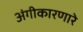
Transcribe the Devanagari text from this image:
अंगीकारणारे